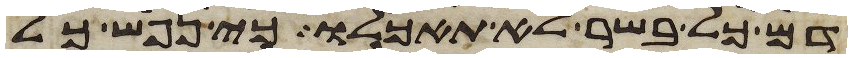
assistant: דם כל בשר לא תאכלו כי נפש כל